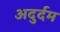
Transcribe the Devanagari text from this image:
अदुर्दम